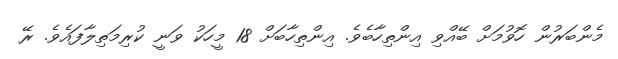
މެންބަރުން ހޮވުމަށް ބޭއްވި އިންތިހާބެވެ. އިންތިހާބަށް 18 މީހަކު ވަނީ ކުރިމަތިލާފައެވެ. ރޭ